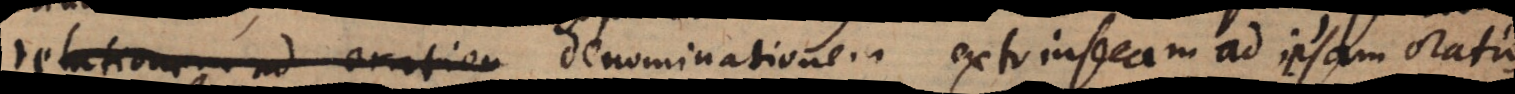
relationem ad oration denominationem extrinsecam ad ipsam oratio